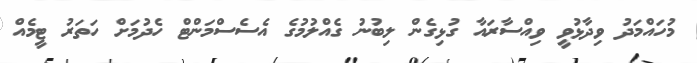
މުހައްމަދު ވިދާޅުވީ ވިއްސާރައާ ގުޅިގެން ލިބުނު ގެއްލުމުގެ އެސެސްމަންޓް ހެދުމަށް ހަތަރު ޓީމެއް